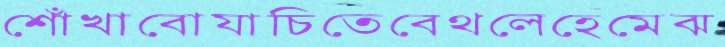
শোঁখাবোযাচিতেবেথলেহেমেঝ